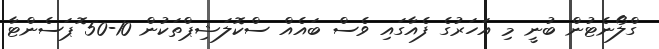
ގްލޯނެޓުން ބުނީ މި އަހަރުގެ ފެއާގައި ވެސް ބައެއް ސްކޮލަޝިޕްތަކުން 10-50 ޮޕަސެންޓާ